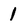
Character: 1